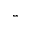
^ { * * }